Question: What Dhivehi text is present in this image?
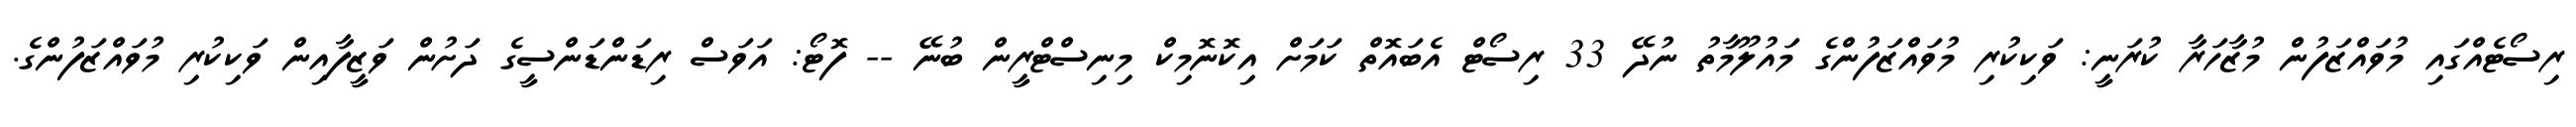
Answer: ރިސޯޓެއްގައި މުވައްޒަފުން މުޒާހަރާ ކުރަނީ: ވަކިކުރި މުވައްޒަފުންގެ މައުލޫމާތު ނުދޭ 33 ރިސޯޓް އެބައޮތް ކަމަށް އިކޮނޮމިކް މިނިސްޓްރީން ބުނޭ -- ފޮޓޯ: އަވަސް ރިޑަންޑަންސީގެ ދަށުން ވަޒީފާއިން ވަކިކުރި މުވައްޒަފުންގެ.